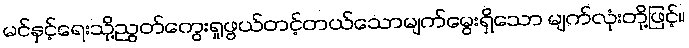
မင်နှင့်ရေးသို့ညွတ်ကွေးရှုဖွယ်တင့်တယ်သောမျက်မွေးရှိသော မျက်လုံးတို့ဖြင့်။